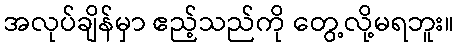
အလုပ်ချိန်မှာ ဧည့်သည်ကို တွေ့လို့မရဘူး။